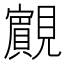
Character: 𧢘